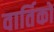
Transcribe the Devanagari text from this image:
वार्तिको